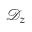
\mathcal { D } _ { z }